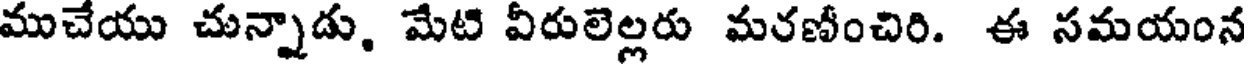
ముచేయు చున్నాడు. మేటి వీరులెల్లరు మరణీంచిరి. ఈ సమయంన